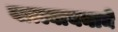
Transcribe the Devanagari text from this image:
वात्स्यायनाने